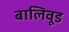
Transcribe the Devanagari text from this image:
बालिवूड